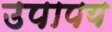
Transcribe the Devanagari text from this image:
उपापय